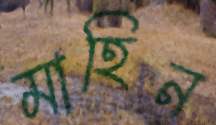
মাহিন